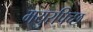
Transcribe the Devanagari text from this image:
मयुरपिच्छ